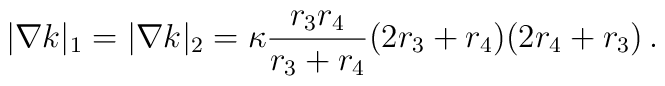
|\nabla k|_{1} =|\nabla k|_2 = \kappa \frac{r_3 r_4}{r_3 + r_4}(2 r_3 + r_4)(2 r_4 + r_3)\,.